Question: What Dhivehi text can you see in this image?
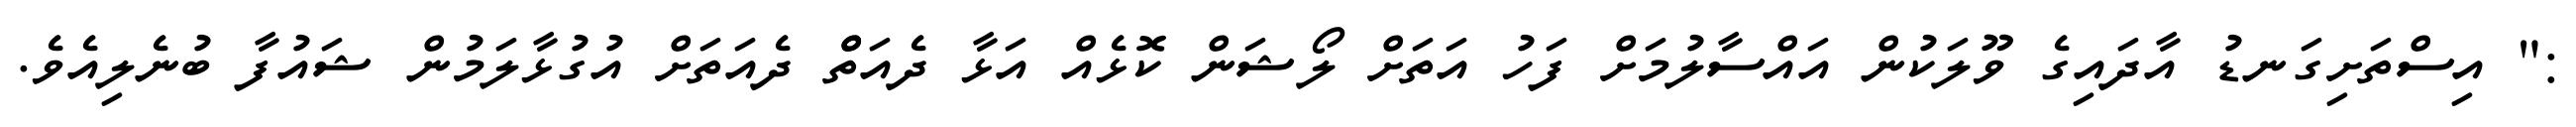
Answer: :" އިސްތަށިގަނޑު އާދައިގެ ވޫލަކުން އައްސާލުމަށް ފަހު އަތަށް ލޯޝަން ކޮޅެއް އަޅާ ދެއަތްް ދެއަތަށް އުގުޅާލަމުން ޝައުފާ ބުނެލިއެވެ.